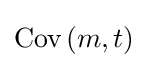
{\textrm {Cov}}\left(m,t\right)